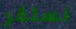
نستقر